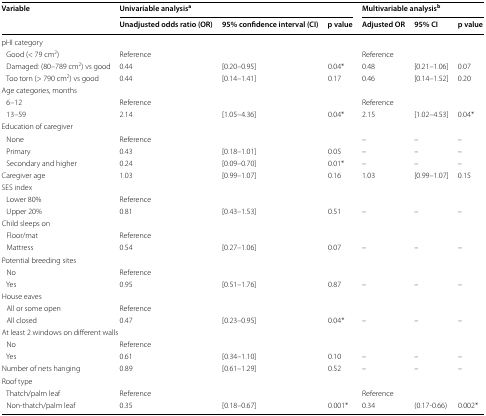
<table><thead><tr><td rowspan="2"><b>Variable</b></td><td colspan="3"><b>Univariable analysis<sup>a</sup></b></td><td colspan="3"><b>Multivariable analysis<sup>b</sup></b></td></tr><tr><td><b>Unadjusted odds ratio (OR)</b></td><td><b>95% confidence interval (CI)</b></td><td><b>p value</b></td><td><b>Adjusted OR</b></td><td><b>95% CI</b></td><td><b>p value</b></td></tr></thead><tbody><tr><td colspan="7">pHI category</td></tr><tr><td> Good (&lt; 79 cm<sup>2</sup>)</td><td>Reference</td><td></td><td></td><td>Reference</td><td></td><td></td></tr><tr><td> Damaged: (80–789 cm<sup>2</sup>) vs good</td><td>0.44</td><td>[0.20–0.95]</td><td>0.04*</td><td>0.48</td><td>[0.21–1.06]</td><td>0.07</td></tr><tr><td> Too torn (&gt; 790 cm<sup>2</sup>) vs good</td><td>0.44</td><td>[0.14–1.41]</td><td>0.17</td><td>0.46</td><td>[0.14–1.52]</td><td>0.20</td></tr><tr><td colspan="7">Age categories, months</td></tr><tr><td> 6–12</td><td>Reference</td><td></td><td></td><td>Reference</td><td></td><td></td></tr><tr><td> 13–59</td><td>2.14</td><td>[1.05–4.36]</td><td>0.04*</td><td>2.15</td><td>[1.02–4.53]</td><td>0.04*</td></tr><tr><td colspan="7">Education of caregiver</td></tr><tr><td> None</td><td>Reference</td><td></td><td></td><td>–</td><td>–</td><td>–</td></tr><tr><td> Primary</td><td>0.43</td><td>[0.18–1.01]</td><td>0.05</td><td>–</td><td>–</td><td>–</td></tr><tr><td> Secondary and higher</td><td>0.24</td><td>[0.09–0.70]</td><td>0.01*</td><td>–</td><td>–</td><td>–</td></tr><tr><td>Caregiver age</td><td>1.03</td><td>[0.99–1.07]</td><td>0.16</td><td>1.03</td><td>[0.99–1.07]</td><td>0.15</td></tr><tr><td colspan="7">SES index</td></tr><tr><td> Lower 80%</td><td>Reference</td><td></td><td></td><td></td><td></td><td></td></tr><tr><td> Upper 20%</td><td>0.81</td><td>[0.43–1.53]</td><td>0.51</td><td>–</td><td>–</td><td>–</td></tr><tr><td colspan="7">Child sleeps on</td></tr><tr><td> Floor/mat</td><td>Reference</td><td></td><td></td><td></td><td></td><td></td></tr><tr><td> Mattress</td><td>0.54</td><td>[0.27–1.06]</td><td>0.07</td><td>–</td><td>–</td><td>–</td></tr><tr><td colspan="7">Potential breeding sites</td></tr><tr><td> No</td><td>Reference</td><td></td><td></td><td></td><td></td><td></td></tr><tr><td> Yes</td><td>0.95</td><td>[0.51–1.76]</td><td>0.87</td><td>–</td><td>–</td><td>–</td></tr><tr><td colspan="7">House eaves</td></tr><tr><td> All or some open</td><td>Reference</td><td></td><td></td><td></td><td></td><td></td></tr><tr><td> All closed</td><td>0.47</td><td>[0.23–0.95]</td><td>0.04*</td><td>–</td><td>–</td><td>–</td></tr><tr><td colspan="7">At least 2 windows on different walls</td></tr><tr><td> No</td><td>Reference</td><td></td><td></td><td></td><td></td><td></td></tr><tr><td> Yes</td><td>0.61</td><td>[0.34–1.10]</td><td>0.10</td><td>–</td><td>–</td><td>–</td></tr><tr><td>Number of nets hanging</td><td>0.89</td><td>[0.61–1.29]</td><td>0.52</td><td>–</td><td>–</td><td>–</td></tr><tr><td colspan="7">Roof type</td></tr><tr><td> Thatch/palm leaf</td><td>Reference</td><td></td><td></td><td>Reference</td><td></td><td></td></tr><tr><td> Non-thatch/palm leaf</td><td>0.35</td><td>[0.18–0.67]</td><td>0.001*</td><td>0.34</td><td>(0.17-0.66)</td><td>0.002*</td></tr></tbody></table>